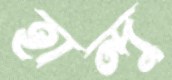
হান্দু